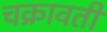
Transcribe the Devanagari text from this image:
चक्रावती